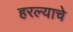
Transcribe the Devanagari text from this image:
हरल्याचे